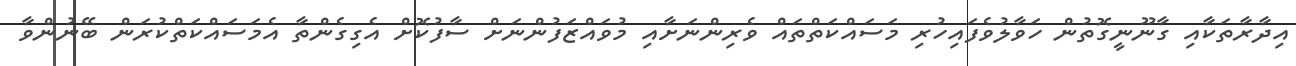
އިދާރާތަކާއި ގާނޫނީގޮތުން ހަވާލުވެފައިހުރި މަސައްކަތްތައް ވެރިންނަށާއި މުވައްޒަފުންނަށް ސާފުކޮށް އެގިގެންތާ އެމަސައްކަތްކުރަން ބޭނުންވާ